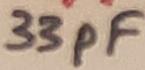
Text: 33pF